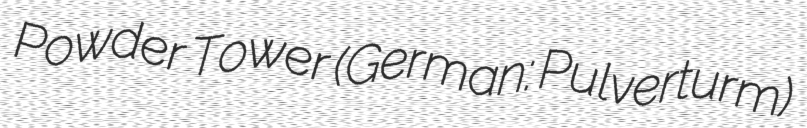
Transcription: Powder Tower (German: Pulverturm)